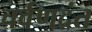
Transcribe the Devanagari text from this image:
चर्वणदंत